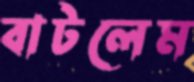
বাটলেম